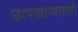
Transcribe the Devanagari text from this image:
छापखान्यातली